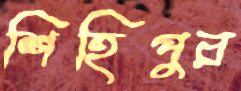
শিহিপুর